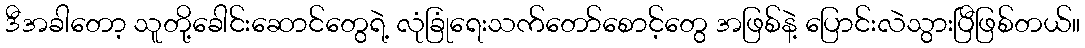
ဒီအခါတော့ သူတို့ခေါင်းဆောင်တွေရဲ့ လုံခြုံရေးသက်တော်စောင့်တွေ အဖြစ်နဲ့ ပြောင်းလဲသွားပြီဖြစ်တယ်။